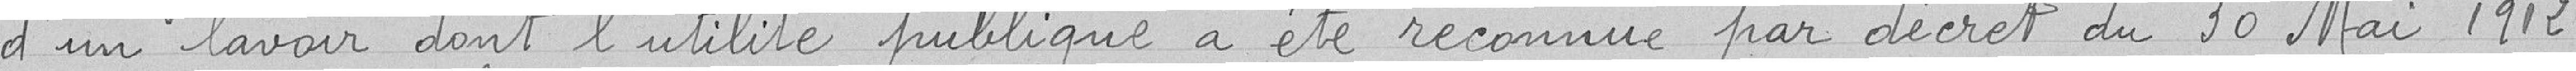
d'un lavoir dont l'utilité publique a été reconnue par décret du 30 Mai 1912.